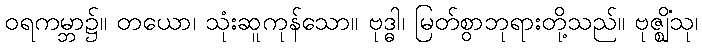
ဝရကမ္ဘာ၌။ တယော၊ သုံးဆူကုန်သော။ ဗုဒ္ဓါ၊ မြတ်စွာဘုရားတို့သည်။ ဗုဇ္ဈိံသု၊